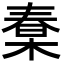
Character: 𣕮